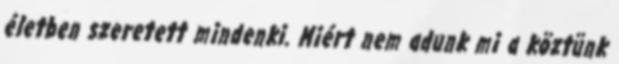
életben szeretett mindenki. Miért nem adunk mi a köztünk